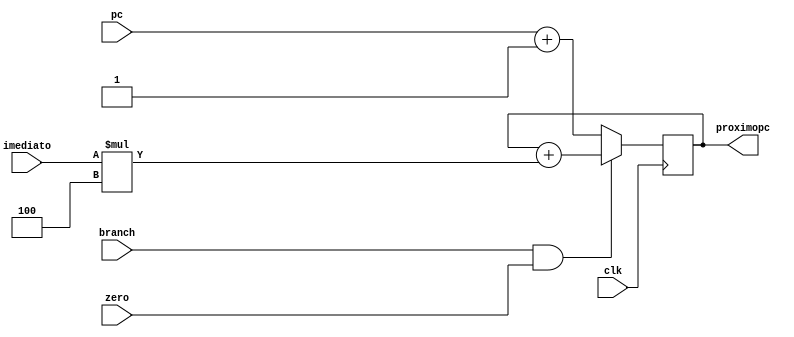
//Nomes:
//Pablo Miranda Batista 3482
//Roniel Nunes Barbosa 3464
//Samuel Aparecido D. Rodrigues 3476

module calculopc (clk, pc, imediato, branch, zero, proximopc);
  input wire branch, zero, clk;
  input wire [31:0] pc, imediato;
  output reg [31:0] proximopc;

  always @ ( posedge clk ) begin
    if (branch & zero) begin
      proximopc = proximopc + (imediato * 4);
    end else begin
      proximopc =  pc + 32'b00000000000000000000000000000001;
    end
  end

endmodule //calculopc